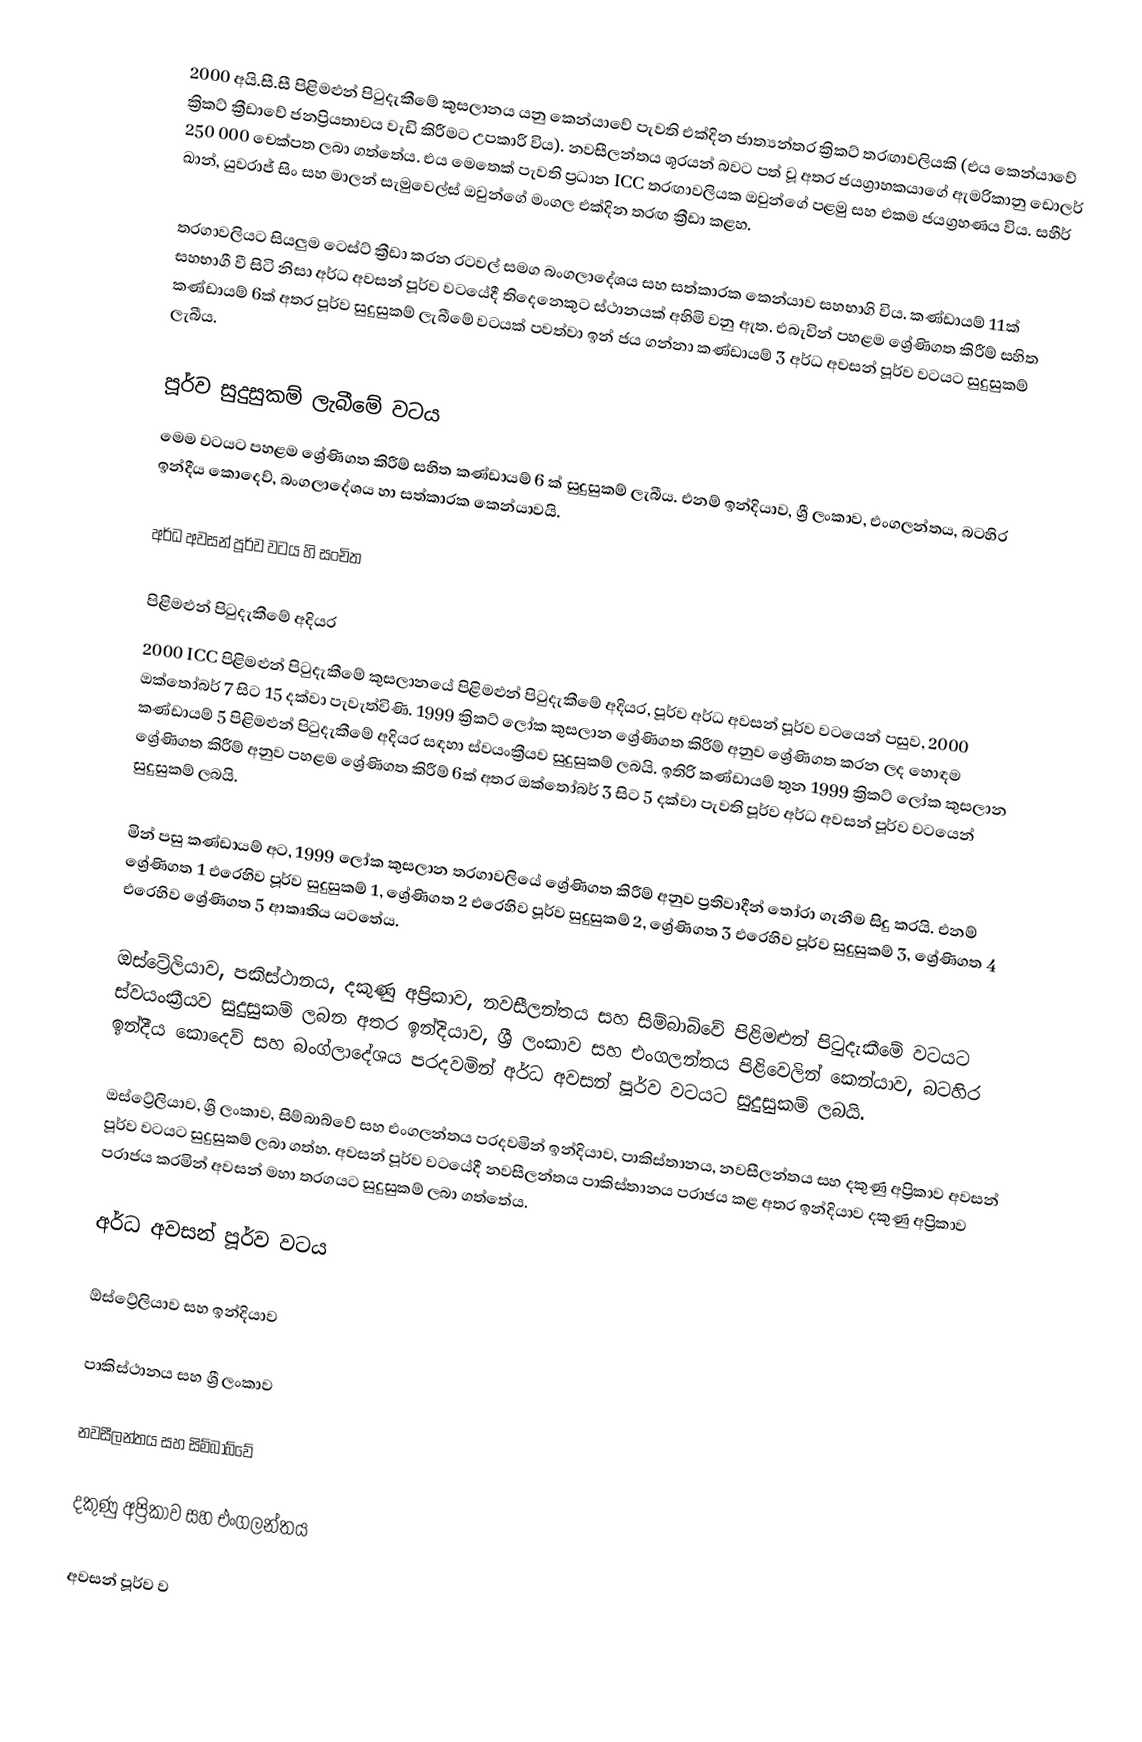
2000 අයි.සී.සී පිළිමළුන් පිටුදැකීමේ කුසලානය යනු කෙන්යාවේ පැවති එක්දින ජාත්‍යන්තර ක්‍රිකට් තරඟාවලියකි (එය කෙන්යාවේ ක්‍රිකට් ක්‍රීඩාවේ ජනප්‍රියතාවය වැඩි කිරීමට උපකාරී විය). නවසීලන්තය ශූරයන් බවට පත් වූ අතර ජයග්‍රාහකයාගේ ඇමරිකානු ඩොලර් 250 000 චෙක්පත ලබා ගත්තේය. එය මෙතෙක් පැවති ප්‍රධාන ICC තරඟාවලියක ඔවුන්ගේ පළමු සහ එකම ජයග්‍රහණය විය. සහීර් ඛාන්, යුවරාජ් සිං සහ මාලන් සැමුවෙල්ස් ඔවුන්ගේ මංගල එක්දින තරඟ ක්‍රීඩා කළහ.

තරගාවලියට සියලුම ටෙස්ට් ක්‍රීඩා කරන රටවල්  සමග බංගලාදේශය සහ සත්කාරක කෙන්යාව සහභාගි විය. කණ්ඩායම් 11ක් සහභාගී වී සිටි නිසා අර්ධ අවසන් පූර්ව වටයේදී තිදෙනෙකුට ස්ථානයක් අහිමි වනු ඇත. එබැවින් පහළම ශ්‍රේණිගත කිරීම් සහිත කණ්ඩායම් 6ක් අතර පූර්ව සුදුසුකම් ලැබීමේ වටයක් පවත්වා ඉන් ජය ගන්නා කණ්ඩායම් 3  අර්ධ අවසන් පූර්ව වටයට සුදුසුකම් ලැබීය.

පූර්ව සුදුසුකම් ලැබීමේ වටය
මෙම වටයට පහළම ශ්‍රේණිගත කිරීම් සහිත කණ්ඩායම් 6 ක් සුදුසුකම් ලැබීය. එනම් ඉන්දියාව, ශ්‍රී ලංකාව, එංගලන්තය, බටහිර ඉන්දීය කොදෙව්, බංගලාදේශය හා සත්කාරක කෙන්යාවයි.

අර්ධ අවසන් පූර්ව වටය හි සංචිත

පිළිමළුන් පිටුදැකීමේ අදියර
2000 ICC පිළිමළුන් පිටුදැකීමේ කුසලානයේ පිළිමළුන් පිටුදැකීමේ අදියර, පූර්ව අර්ධ අවසන් පූර්ව වටයෙන් පසුව, 2000 ඔක්තෝබර් 7 සිට 15 දක්වා පැවැත්විණි. 1999 ක්‍රිකට් ලෝක කුසලාන ශ්‍රේණිගත කිරීම් අනුව ශ්‍රේණිගත කරන ලද හොඳම කණ්ඩායම් 5 පිළිමළුන් පිටුදැකීමේ අදියර සඳහා ස්වයංක්‍රීයව සුදුසුකම් ලබයි. ඉතිරි කණ්ඩායම් තුන 1999 ක්‍රිකට් ලෝක කුසලාන ශ්‍රේණිගත කිරීම් අනුව පහළම ශ්‍රේණිගත කිරීම් 6ක් අතර ඔක්තෝබර් 3 සිට 5 දක්වා පැවති පූර්ව අර්ධ අවසන් පූර්ව වටයෙන් සුදුසුකම් ලබයි.

මින් පසු කණ්ඩායම් අට, 1999 ලෝක කුසලාන තරගාවලියේ ශ්‍රේණිගත කිරීම් අනුව ප්‍රතිවාදීන් තෝරා ගැනීම සිදු කරයි. එනම් ශ්‍රේණිගත 1 එරෙහිව පූර්ව සුදුසුකම් 1, ශ්‍රේණිගත 2 එරෙහිව පූර්ව සුදුසුකම් 2, ශ්‍රේණිගත 3 එරෙහිව පූර්ව සුදුසුකම් 3, ශ්‍රේණිගත 4 එරෙහිව ශ්‍රේණිගත 5 ආකෘතිය යටතේය.

ඔස්ට්‍රේලියාව, පකිස්ථානය, දකුණු අප්‍රිකාව, නවසීලන්තය සහ සිම්බාබ්වේ පිළිමළුන් පිටුදැකීමේ වටයට ස්වයංක්‍රීයව සුදුසුකම් ලබන අතර ඉන්දියාව, ශ්‍රී ලංකාව සහ එංගලන්තය පිළිවෙලින් කෙන්යාව, බටහිර ඉන්දීය කොදෙව් සහ බංග්ලාදේශය පරදවමින් අර්ධ අවසන් පූර්ව වටයට සුදුසුකම් ලබයි.

ඔස්ට්‍රේලියාව, ශ්‍රී ලංකාව, සිම්බාබ්වේ සහ එංගලන්තය පරදවමින් ඉන්දියාව, පාකිස්තානය, නවසීලන්තය සහ දකුණු අප්‍රිකාව අවසන් පූර්ව වටයට සුදුසුකම් ලබා ගත්හ. අවසන් පූර්ව වටයේදී නවසීලන්තය පාකිස්තානය පරාජය කළ අතර ඉන්දියාව දකුණු අප්‍රිකාව පරාජය කරමින් අවසන් මහා තරගයට සුදුසුකම් ලබා ගත්තේය.

අර්ධ අවසන් පූර්ව වටය

ඕස්ට්‍රේලියාව සහ ඉන්දියාව

පාකිස්ථානය සහ ශ්‍රී ලංකාව

නවසීලන්තය සහ සිම්බාබ්වේ

දකුණු අප්‍රිකාව සහ එංගලන්තය

අවසන් පූර්ව ව